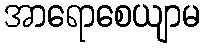
အာရောစေယျာမ